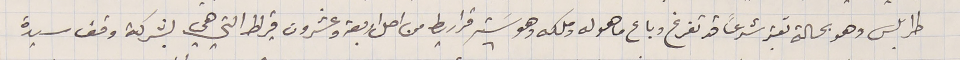
طرابلس وهو بحالة تعتبر شرعاً قد تفرغ وباع ما هو له وملكه وهو سَته قراريط من اصل اربعة وعشرون قيراط التي هي بشركة وقف سيدة